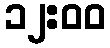
၁၂:၀၀